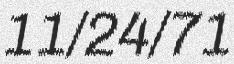
11/24/71